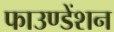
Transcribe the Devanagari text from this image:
फाउण्डेंशन